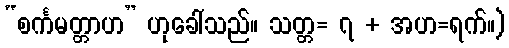
“စင်္ကမတ္တာဟ” ဟုခေါ်သည်။ သတ္တ= ၇ + အဟ=ရက်။)